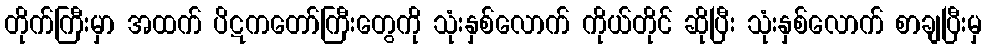
တိုက်ကြီးမှာ အထက် ပိဋကတော်ကြီးတွေကို သုံးနှစ်လောက် ကိုယ်တိုင် ဆိုပြီး သုံးနှစ်လောက် စာချပြီးမှ